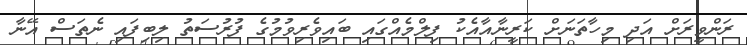
ރަންވީރަށް އަދި މިހާތަނަށް ކަރީނާއާއެކު ފިލްމެއްގައި ބައިވެރިވުމުގެ ފުރުސަތު ލިބިފައި ނެތަސް އޭނާ